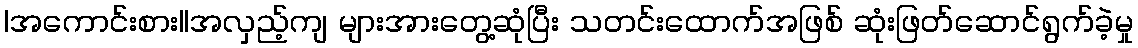
|အကောင်းစား||အလှည့်ကျ များအားတွေ့ဆုံပြီး သတင်းထောက်အဖြစ် ဆုံးဖြတ်ဆောင်ရွက်ခဲ့မှု